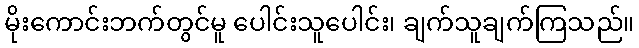
မိုးကောင်းဘက်တွင်မူ ပေါင်းသူပေါင်း၊ ချက်သူချက်ကြသည်။